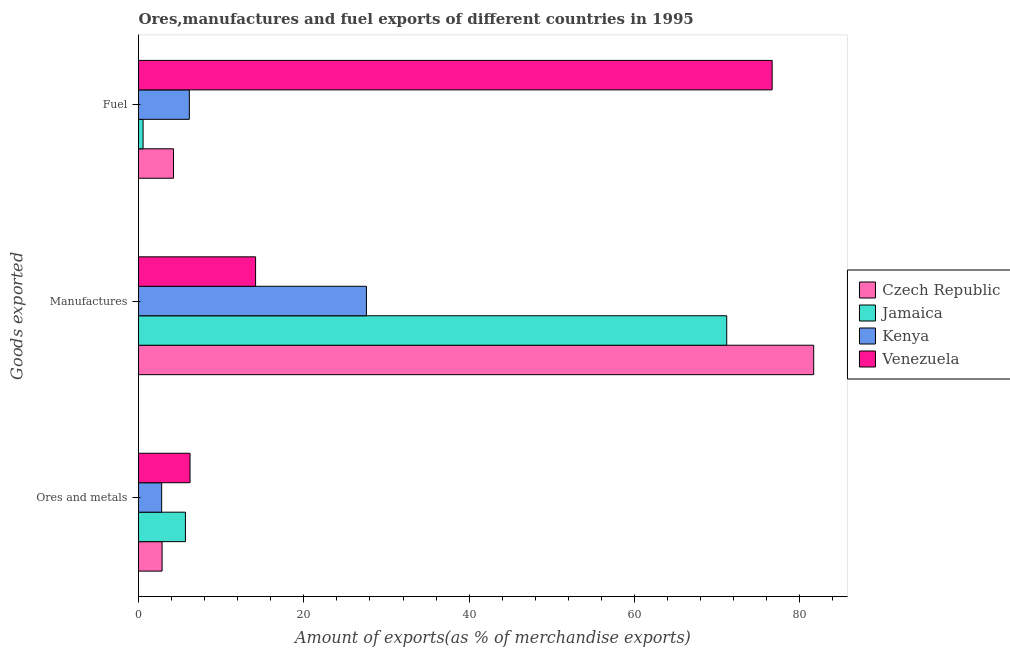
| Goods exported | Czech Republic | Jamaica | Kenya | Venezuela |
 | --- | --- | --- | --- | --- |
 | Ores and metals | 2.85 | 5.67 | 2.8 | 6.23 |
 | Manufactures | 81.7 | 71.2 | 27.6 | 14.2 |
 | Fuel | 4.23 | 0.553 | 6.15 | 76.7 |